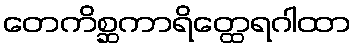
တေကိစ္ဆကာရိတ္ထေရဂါထာ